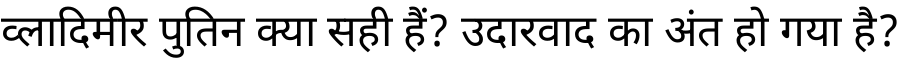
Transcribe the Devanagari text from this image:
व्लादिमीर पुतिन क्या सही हैं? उदारवाद का अंत हो गया है?